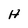
Character: H